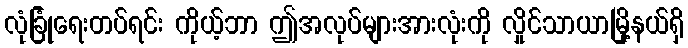
လုံခြုံရေးတပ်ရင်း ကိုယ့်ဘာ ဤအလုပ်များအားလုံးကို လှိုင်သာယာမြို့နယ်ရှိ